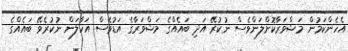
އެހެންކަމުން މަޝްވަރާކޮށްލަންވެސް ނުކުރޭ އަދި ބައެއްގެ މަޝްވަރާގެ އަޑުވެސް އަހާލަން ނުކުރެވޭ ބައެއްގެ